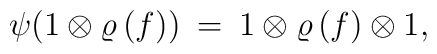
\psi ( 1 \otimes \varrho \, (f) ) \: = \: 1 \otimes \varrho \, (f) \otimes 1,